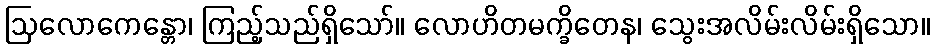
ဩလောကေန္တော၊ ကြည့်သည်ရှိသော်။ လောဟိတမက္ခိတေန၊ သွေးအလိမ်းလိမ်းရှိသော။